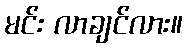
မင်း လာချင်လား။